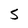
Character: S